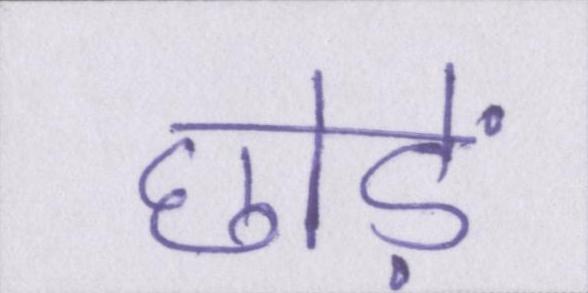
छोड़ें